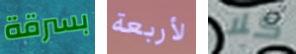
بسرقة لأربعة كلا